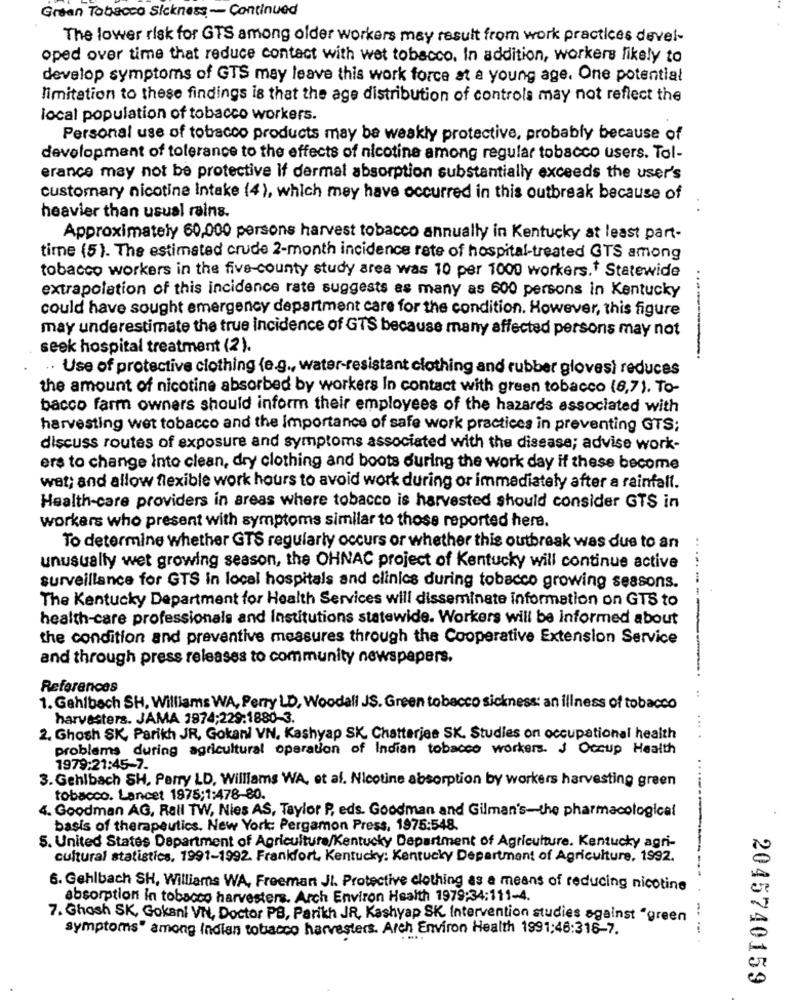
Green Tobacco Sickness - Continued
The lower risk for GTS among older workers may result from work practices devel-
oped over time that reduce contact with wet tobacco. In addition, workers likely to
develop symptoms of GTS may leave this work force at a young age. One potential
limitation to these findings is that the age distribution of controls may not reflect the
local population of tobacco workers.
Personal use of tobacco products may be weakly protective, probably because of
development of tolerance to the effects of nicotine among regular tobacco users. Tol-
erance may not be protective If dermal absorption substantially exceeds the user's
customary nicotine Intake (4), which may have occurred in this outbreak because of
heavier than usual rains.
Approximately 60,000 persons harvest tobacco annually in Kentucky at least part-
time (5). The estimated crude 2-month incidence rate of hospital-treated GTS among
tobacco workers in the five-county study area was 10 per 1000 workers. Statewide
extrapolation of this incidence rate suggests as many as 600 persons in Kentucky
could have sought emergency department care for the condition. However, this figure
may underestimate the true incidence of GTS because many affected persons may not
seek hospital treatment (2).
------
Use of protective clothing (e.g ., water-resistant clothing and rubber glovesì reduces
the amount of nicotine absorbed by workers In contact with green tobacco (6,7). To-
bacco farm owners should inform their employees of the hazards associated with
harvesting wet tobacco and the Importance of safe work practices in preventing GTS;
discuss routes of exposure and symptoms associated with the disease; advise work-
ers to change Into clean, dry clothing and boots during the work day if these become
wat; and allow flexible work hours to avoid work during or immediately after a rainfall.
Health-care providers in areas where tobacco is harvested should consider GTS in
workers who present with symptoms similar to those reported here.
To determine whether GTS regularly occurs or whether this outbreak was due to an
unusually wet growing season, the OHNAC project of Kentucky will continue active
surveillance for GTS in local hospitals and clinics during tobacco growing seasons.
The Kentucky Department for Health Services will disseminate information on GTS to
health-care professionals and Institutions statewide. Workers will be informed about
the condition and preventive measures through the Cooperative Extension Service
and through press releases to community newspapers.
References
1. Gahlbach SH, Williams WA, Perry LD, Woodall JS. Green tobacco sickness: an illness of tobacco
harvesters. JAMA 1974;229:1880-3.
2. Ghosh SK, Parikh JR, Gokani VN. Kashyap SK, Chatterjee SK. Studies on occupational health
problems during agricultural operation of Indian tobacco workers. J Occup Health
1979:21:45-7.
3. Gehlbach SH, Perry LD, Williams WA, et al. Nicotine absorption by workers harvesting green
tobacco. Lancet 1975;1:478-80.
4. Goodman AG, Rall TW, Nies AS, Taylor P, eds. Goodman and Gilman's-the pharmacological
basis of therapeutics. New York: Pergamon Press, 1975:548.
5. United States Department of Agriculture/Kentucky Department of Agriculture. Kentucky agri-
cultural statistics, 1991-1992. Frankfort, Kentucky: Kentucky Department of Agriculture, 1992.
----
6. Gehlbach SH, Williams WA, Freemant JI. Protective clothing as a means of reducing nicotine
absorption in tobacco harvesters. Arch Environ Health 1979:34:111-4.
7. Ghosh SK, Gokanl VN, Doctor PB, Parikh JR, Kashyap SK Intervention studies against "green
symptoms" among Indian tobacco harvesters. Arch Environ Health 1991:46:316-7.
2045740159